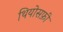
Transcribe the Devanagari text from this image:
थियोसफ़ी